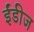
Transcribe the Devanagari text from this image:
ईंडीज